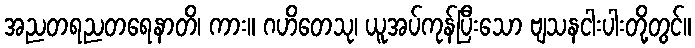
အညတရညတရေနာတိ၊ ကား။ ဂဟိတေသု၊ ယူအပ်ကုန်ပြီးသော ဗျသနငါးပါးတို့တွင်။